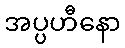
အပ္ပဟီနော